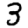
Digit: 3